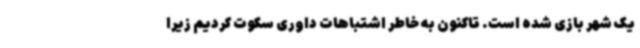
یک شهر بازی شده است. تاکنون به خاطر اشتباهات داوری سکوت کردیم زیرا